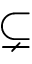
\subsetneq